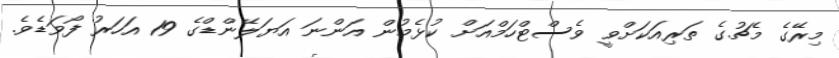
މިރޭގެ މެޗުގެ ތަރިއަކަށްވީ ވެސްޓްހަމްއަށް ކުޅެމުން އަންނަ އަޔަލޭންޑްގެ 19 އަހަރު ފޯވަޑެވެ.